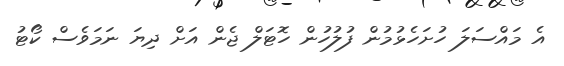
އެ މައްސަލަ ހުށަހެޅުމުން ފުލުހުން ހޮޓަލް ޖެން އަށް ދިޔަ ނަމަވެސް ކޯޓު